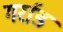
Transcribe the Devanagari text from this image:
गर्राड